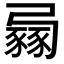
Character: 𧱶